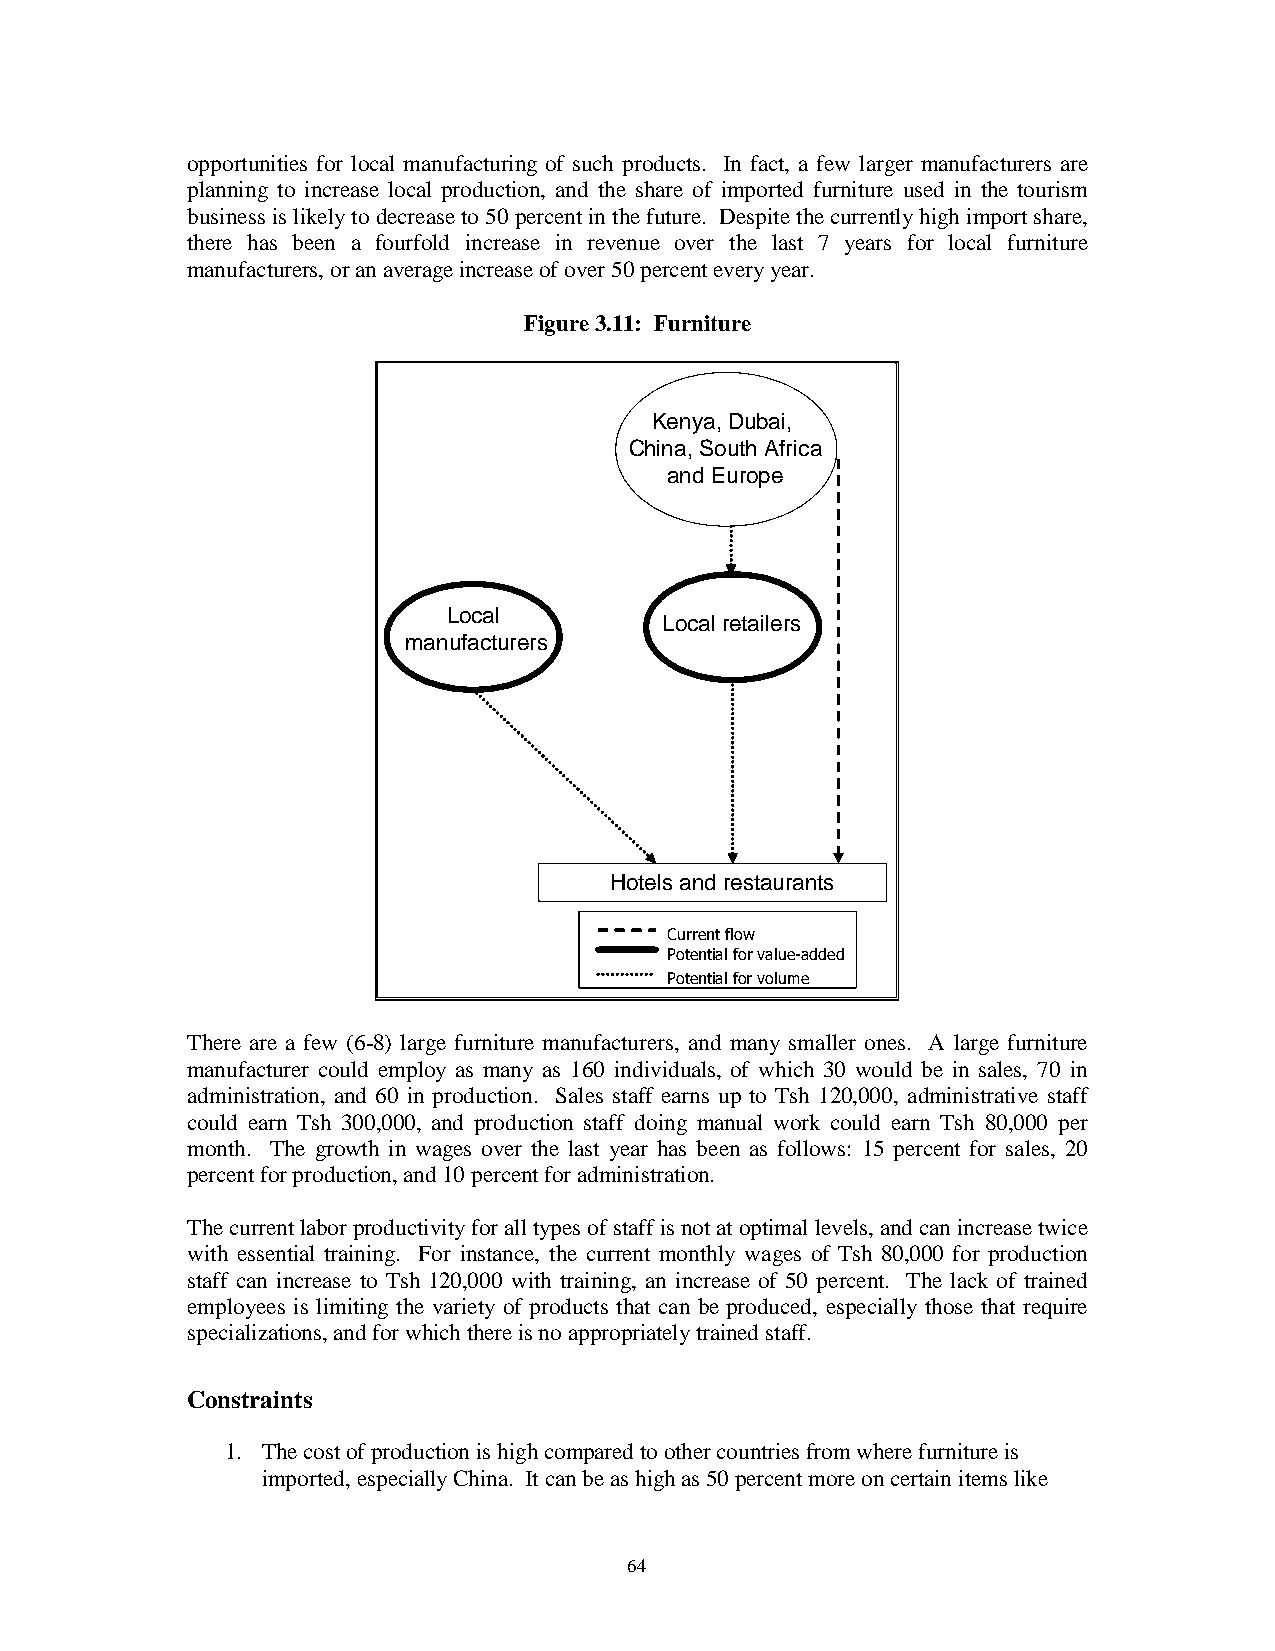
opportunities for local manufacturing of such products. In fact, a few larger manufacturers are
 planning to increase local production, and the share of imported furniture used in the tourism
 business is likely to decrease to 50 percent in the future. Despite the currently high import share,
 there has been a fourfold increase in revenue over the last 7 years for local furniture
 manufacturers, or an average increase of over 50 percent every year.
 Figure 3.11: Furniture
 Kenya, Dubai,
 China, South Africa
 and Europe
 Local
 Local retailers
 manufacturers
 Hotels and restaurants
 Current flow
 Potential for value-added
 Potential for volume
 There are a few (6-8) large furniture manufacturers, and many smaller ones. A large furniture
 manufacturer could employ as many as 160 individuals, of which 30 would be in sales, 70 in
 administration, and 60 in production. Sales staff earns up to Tsh 120,000, administrative staff
 could earn Tsh 300,000, and production staff doing manual work could earn Tsh 80,000 per
 month. The growth in wages over the last year has been as follows: 15 percent for sales, 20
 percent for production, and 10 percent for administration.
 The current labor productivity for all types of staff is not at optimal levels, and can increase twice
 with essential training. For instance, the current monthly wages of Tsh 80,000 for production
 staff can increase to Tsh 120,000 with training, an increase of 50 percent. The lack of trained
 employees is limiting the variety of products that can be produced, especially those that require
 specializations, and for which there is no appropriately trained staff.
 Constraints
 1. The cost of production is high compared to other countries from where furniture is
 imported, especially China. It can be as high as 50 percent more on certain items like
 64